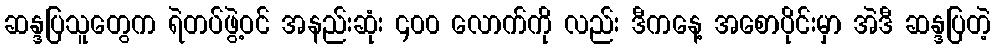
ဆန္ဒပြသူတွေက ရဲတပ်ဖွဲ့ဝင် အနည်းဆုံး ၄၀၀ လောက်ကို လည်း ဒီကနေ့ အစောပိုင်းမှာ အဲဒီ ဆန္ဒပြတဲ့